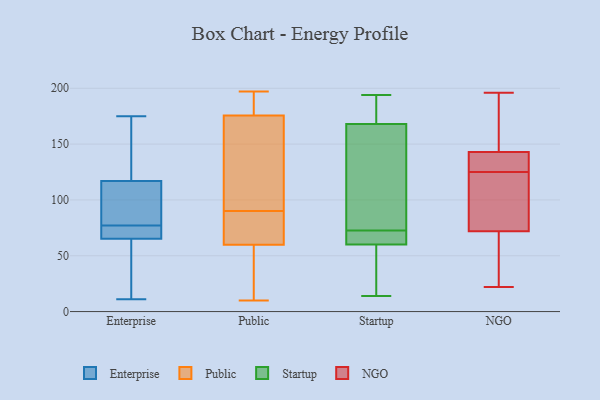
{"axis": {"x": "LTV (USD)", "y": "Value"}, "legend": ["Enterprise", "NGO", "Public", "Startup"], "data": [{"x": "", "y": 86, "type": "Enterprise"}, {"x": "", "y": 121, "type": "Enterprise"}, {"x": "", "y": 77, "type": "Enterprise"}, {"x": "", "y": 101, "type": "Enterprise"}, {"x": "", "y": 72, "type": "Enterprise"}, {"x": "", "y": 11, "type": "Enterprise"}, {"x": "", "y": 23, "type": "Enterprise"}, {"x": "", "y": 44, "type": "Enterprise"}, {"x": "", "y": 82, "type": "Enterprise"}, {"x": "", "y": 19, "type": "Enterprise"}, {"x": "", "y": 175, "type": "Enterprise"}, {"x": "", "y": 173, "type": "Enterprise"}, {"x": "", "y": 74, "type": "Enterprise"}, {"x": "", "y": 145, "type": "Enterprise"}, {"x": "", "y": 72, "type": "Enterprise"}, {"x": "", "y": 160, "type": "Enterprise"}, {"x": "", "y": 105, "type": "Enterprise"}, {"x": "", "y": 72, "type": "Enterprise"}, {"x": "", "y": 63, "type": "Enterprise"}, {"x": "", "y": 59, "type": "Public"}, {"x": "", "y": 99, "type": "Public"}, {"x": "", "y": 177, "type": "Public"}, {"x": "", "y": 125, "type": "Public"}, {"x": "", "y": 90, "type": "Public"}, {"x": "", "y": 40, "type": "Public"}, {"x": "", "y": 197, "type": "Public"}, {"x": "", "y": 10, "type": "Public"}, {"x": "", "y": 175, "type": "Public"}, {"x": "", "y": 62, "type": "Public"}, {"x": "", "y": 71, "type": "Public"}, {"x": "", "y": 177, "type": "Public"}, {"x": "", "y": 60, "type": "Public"}, {"x": "", "y": 59, "type": "Startup"}, {"x": "", "y": 14, "type": "Startup"}, {"x": "", "y": 63, "type": "Startup"}, {"x": "", "y": 79, "type": "Startup"}, {"x": "", "y": 91, "type": "Startup"}, {"x": "", "y": 194, "type": "Startup"}, {"x": "", "y": 168, "type": "Startup"}, {"x": "", "y": 66, "type": "Startup"}, {"x": "", "y": 60, "type": "Startup"}, {"x": "", "y": 173, "type": "Startup"}, {"x": "", "y": 22, "type": "NGO"}, {"x": "", "y": 47, "type": "NGO"}, {"x": "", "y": 130, "type": "NGO"}, {"x": "", "y": 143, "type": "NGO"}, {"x": "", "y": 100, "type": "NGO"}, {"x": "", "y": 41, "type": "NGO"}, {"x": "", "y": 124, "type": "NGO"}, {"x": "", "y": 137, "type": "NGO"}, {"x": "", "y": 126, "type": "NGO"}, {"x": "", "y": 23, "type": "NGO"}, {"x": "", "y": 164, "type": "NGO"}, {"x": "", "y": 143, "type": "NGO"}, {"x": "", "y": 72, "type": "NGO"}, {"x": "", "y": 121, "type": "NGO"}, {"x": "", "y": 196, "type": "NGO"}, {"x": "", "y": 191, "type": "NGO"}, {"x": "", "y": 181, "type": "NGO"}, {"x": "", "y": 91, "type": "NGO"}]}